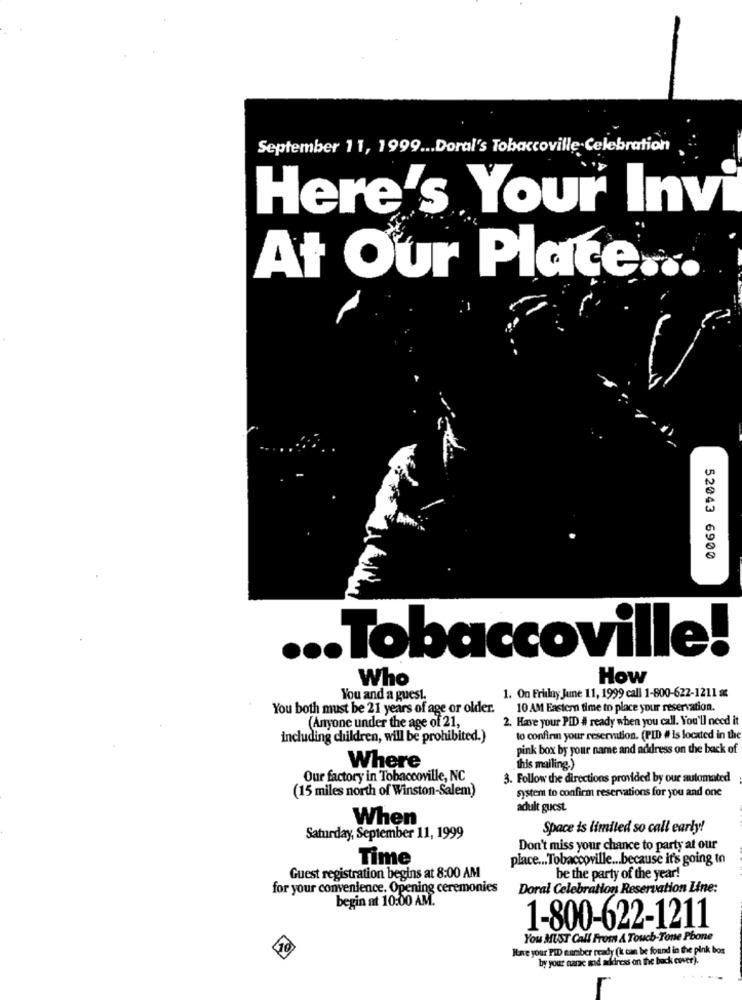
September 11, 1999 ... Doral's Tobaccoville Celebration
Here's Your Invi
At Our Place ...
52043 6900
... Tobaccoville!
Who
How
You and a guest.
1. On Friday June 11, 1999 call 1-600-622-1211 at
You both must be 21 years of age or older.
10 AM Eastern time to place your reservation.
2. Have your PID # ready when you call. You'll need it
(Anyone under the age of 21,
including children, will be prohibited.)
to confirm your reservation. (PLD # is located in the
pink box by your name and address on the back of
Where
this mailing.)
Our factory in Tobaccoville, NC
3. Follow the directions provided by our automated
(15 miles north of Winston-Salem)
system to confirm reservations for you and one
adult guest.
When
Space is limited so call early!
Saturday, September 11, 1999
Don't miss your chance to party at our
Time
place ... Tobaccoville ... because it's going to
Guest registration begins at 8:00 AM
be the party of the year!
for your convenience. Opening ceremonies
Doral Celebration Reservation Line:
begin at 10:00 AM.
1-800-622-1211
You MUST Call From A Touch-Tone Phone
Have your PID number ready (k can be found in the pink bos
by your narze mid address on the back cover).